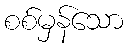
စစ်မှန်သော